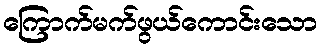
ကြောက်မက်ဖွယ်ကောင်းသော